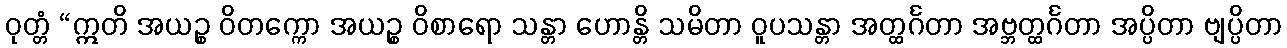
ဝုတ္တံ “ဣတိ အယဉ္စ ဝိတက္ကော အယဉ္စ ဝိစာရော သန္တာ ဟောန္တိ သမိတာ ဝူပသန္တာ အတ္ထင်္ဂတာ အဗ္ဘတ္ထင်္ဂတာ အပ္ပိတာ ဗျပ္ပိတာ